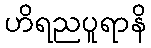
ဟိရညပူရာနိ